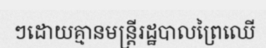
ៗដោយគ្មានមន្ត្រីរដ្ឋបាលព្រៃឈើ